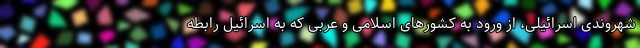
شهروندی اسرائیلی، از ورود به کشورهای اسلامی و عربی که به اسرائیل رابطه